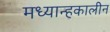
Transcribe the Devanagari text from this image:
मध्यान्हकालीन